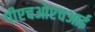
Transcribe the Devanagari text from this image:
पीएचओएचआई